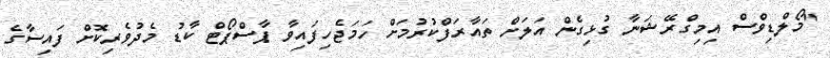
"މޯލްޑިވްސް އިމިގްރޭޝަނާ ގުޅިގެން އަލަށް ތައާރަފްކުރުމަށް ހަމަޖެހިފައިވާ ޕާސްޕޯޓް ކާޑު މެދުވެރިކޮށް ފައިސާގެ